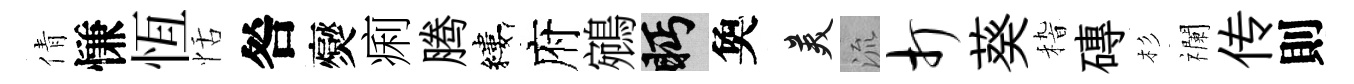
倩慊恆恬咎爕痢腾縷府鵷眄奐美流打葵𥟵磚杉襴传則